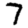
Digit: 7